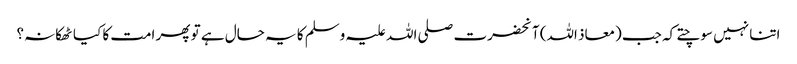
اتنا نہیں سوچتے کہ جب (معاذ اللہ) آنحضرت صلی اللہ علیہ وسلم کا یہ حال ہے تو پھر امت کا کیا ٹھکانہ؟